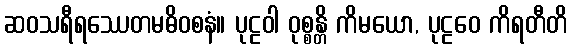
ဆဝသရီရဿေတမဓိဝစနံ။ ပုဠဝါ ဝုစ္စန္တိ ကိမယော, ပုဠဝေ ကိရတီတိ